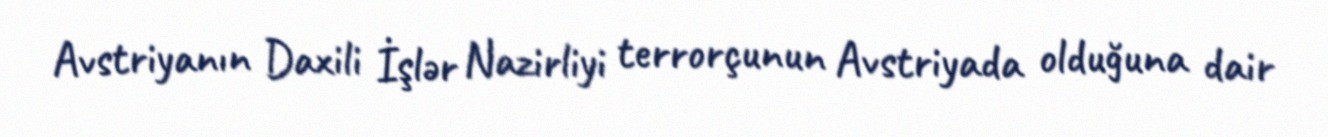
Avstriyanın Daxili İşlər Nazirliyi terrorçunun Avstriyada olduğuna dair